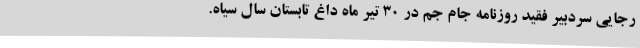
رجایی سردبیر فقید روزنامه جام جم در ۳۰ تیر ماه داغ تابستان سال سیاه.